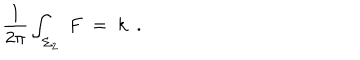
{ \frac { 1 } { 2 \pi } } \int _ { \Sigma _ { 2 } } \; F \; = \; k \ \ .